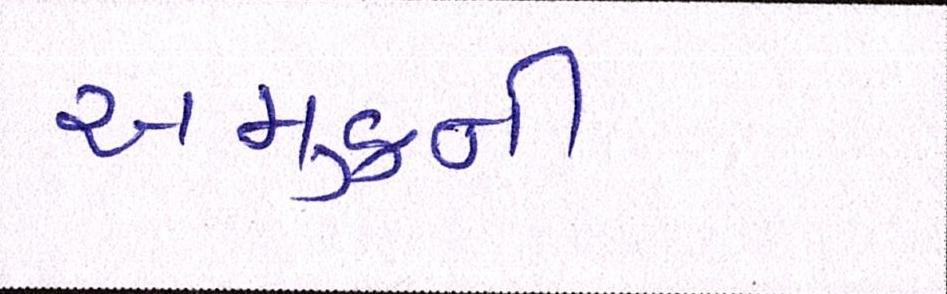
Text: અમુકની